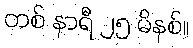
တစ် နာရီ ၂၅ မိနစ်။